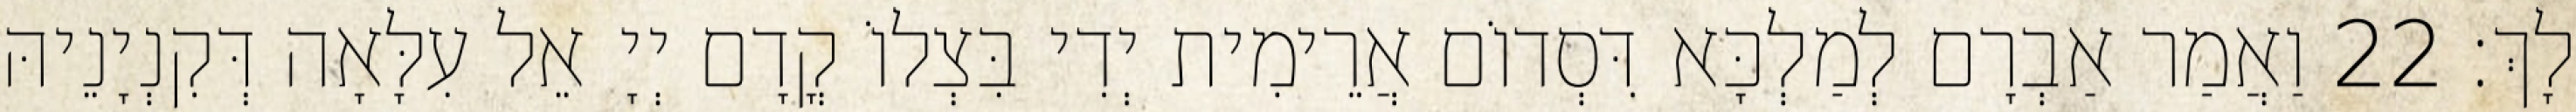
לָךְ׃ 22 וַאֲמַר אַבְרָם לְמַלְכָּא דִּסְדוֹם אֲרֵימִית יְדִי בִּצְלוֹ קֳדָם יְיָ אֵל עִלָּאָה דְּקִנְיָנֵיהּ